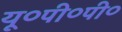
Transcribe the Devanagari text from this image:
यू०पी०पी०